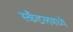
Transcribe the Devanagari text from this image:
स्कँडलमध्ये